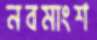
নবমাংশ